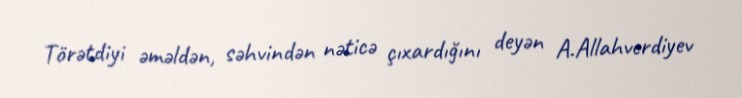
Törətdiyi əməldən, səhvindən nəticə çıxardığını deyən A.Allahverdiyev